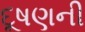
દૂષણની